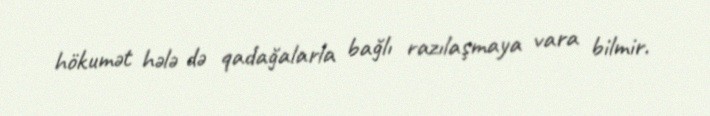
hökumət hələ də qadağalarla bağlı razılaşmaya vara bilmir.